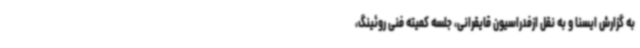
به گزارش ایسنا و به نقل ازفدراسیون قایقرانی، جلسه کمیته فنی روئینگ،